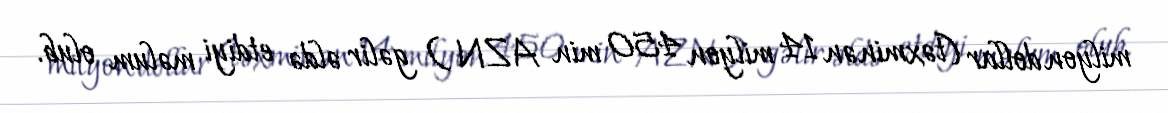
milyon dollar (təxminən 14 milyon 450 min AZN ) gəlir əldə etdiyi məlum olub.